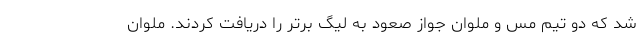
شد که دو تیم مس و ملوان جواز صعود به لیگ برتر را دریافت کردند. ملوان